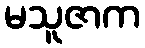
မသူဇာက